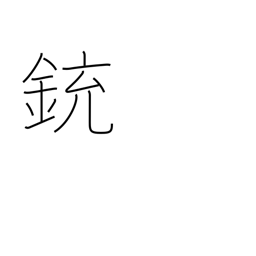
Meaning: gun